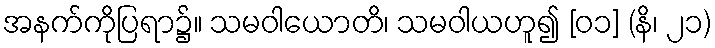
အနက်ကိုပြရာ၌။ သမဝါယောတိ၊ သမဝါယဟူ၍ [၀၁] (နိ၊ ၂၁)